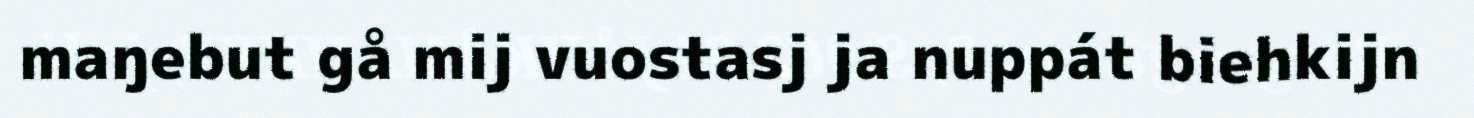
maŋebut gå mij vuostasj ja nuppát biehkijn